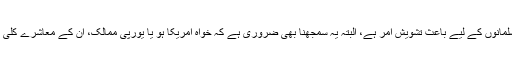
یہ یقینا افسوس ناک اور مسلمانوں کے لیے باعث تشویش امر ہے، البتہ یہ سمجھنا بھی ضروری ہے کہ خواہ امریکا ہو یا یورپی ممالک، ان کے معاشرے کلی طور پر متعصب نہیں ہیں۔